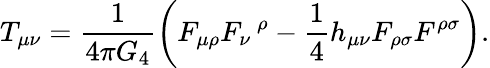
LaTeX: T_{\mu\nu}=\frac{1}{4\pi G_{4}}\left(F_{\mu\rho}F_{\nu}\, ^{\rho}-\frac{1}{4}h_{\mu\nu}F_{\rho\sigma}F^{\rho\sigma}\right).